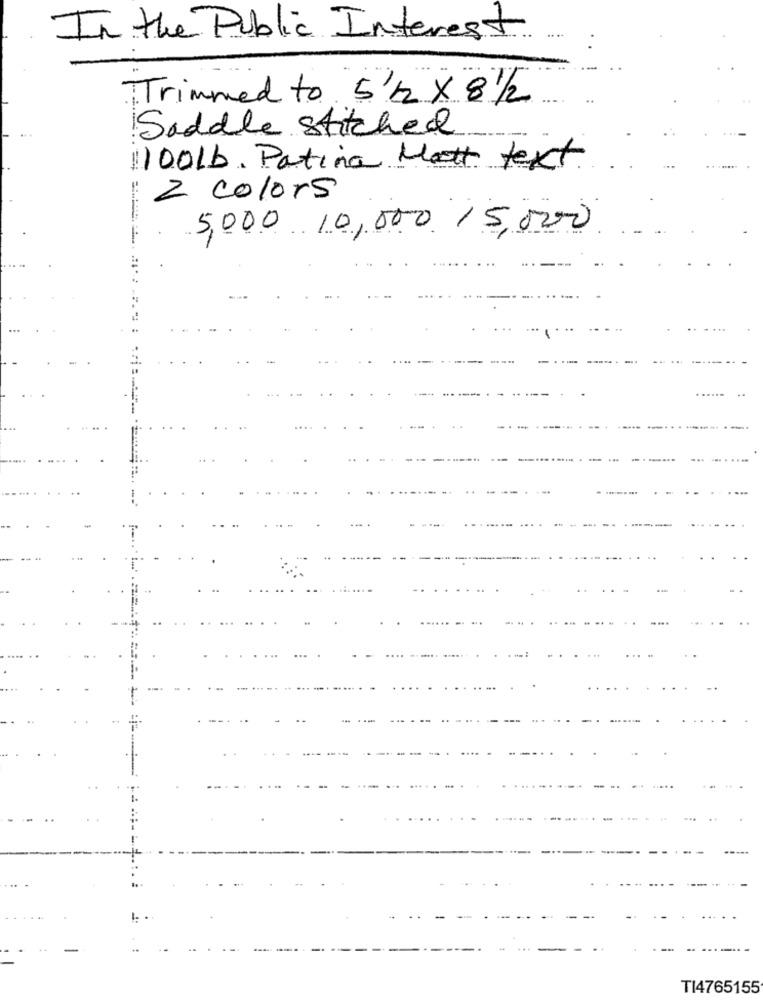
In the Public Interest
.....
Trimmed to 5 12 × 8 1/2
Saddle Stitched
11001b. Patina Matt text.
2 colors
5,000 10,000 15,000
---
..
TI4765155